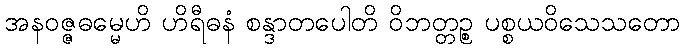
အနဝဇ္ဇဓမ္မေဟိ ဟိရီဓနံ စန္ဒာတပေါတိ ဝိဘတ္တဉ္စ ပစ္စယဝိသေသတော